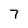
Character: 7